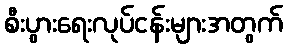
စီးပွားရေးလုပ်ငန်းများအတွက်